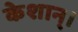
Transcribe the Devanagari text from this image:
केशान्।